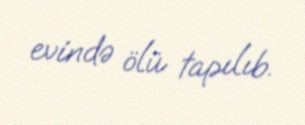
evində ölü tapılıb.